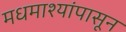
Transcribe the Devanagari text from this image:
मधमाश्यांपासून